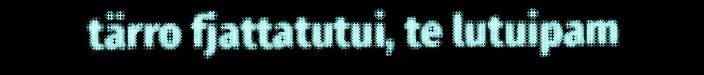
tärro fjattatutui, te lutuipam